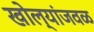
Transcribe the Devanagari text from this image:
खोल्यांजवळ